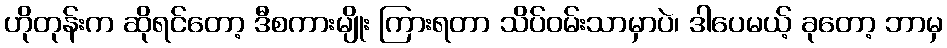
ဟိုတုန်းက ဆိုရင်တော့ ဒီစကားမျိုး ကြားရတာ သိပ်ဝမ်းသာမှာပဲ၊ ဒါပေမယ့် ခုတော့ ဘာမှ